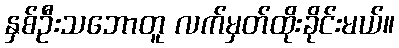
နှစ်ဦးသဘောတူ လက်မှတ်ထိုးခိုင်းမယ်။